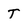
Character: T